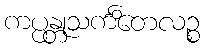
ကပ္ပန္တုသင်္ကိတေလဉ္စ